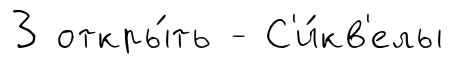
3 откры́ть - С'и́кв'елы